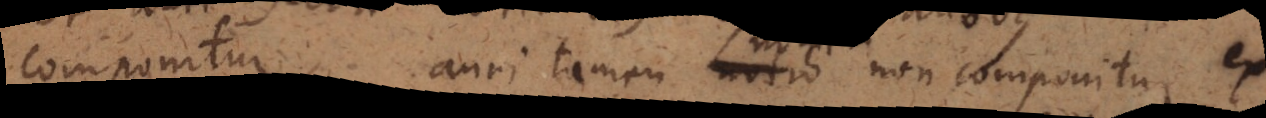
componitur, auri tamen nomen non componitur